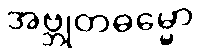
အဗ္ဘုတဓမ္မော